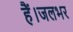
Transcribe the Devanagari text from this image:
हैं।जलभर